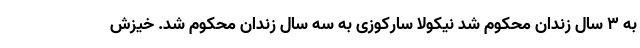
به ۳ سال زندان محکوم شد نیکولا سارکوزی به سه سال زندان محکوم شد. خیزش